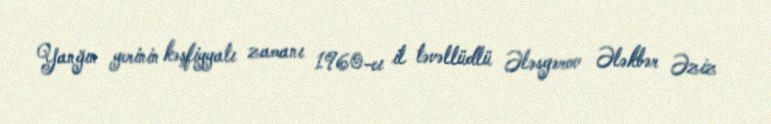
Yanğın yerinin kəşfiyyatı zamanı 1960-cı il təvəllüdlü Ələsgərov Ələkbər Əziz